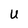
Character: U